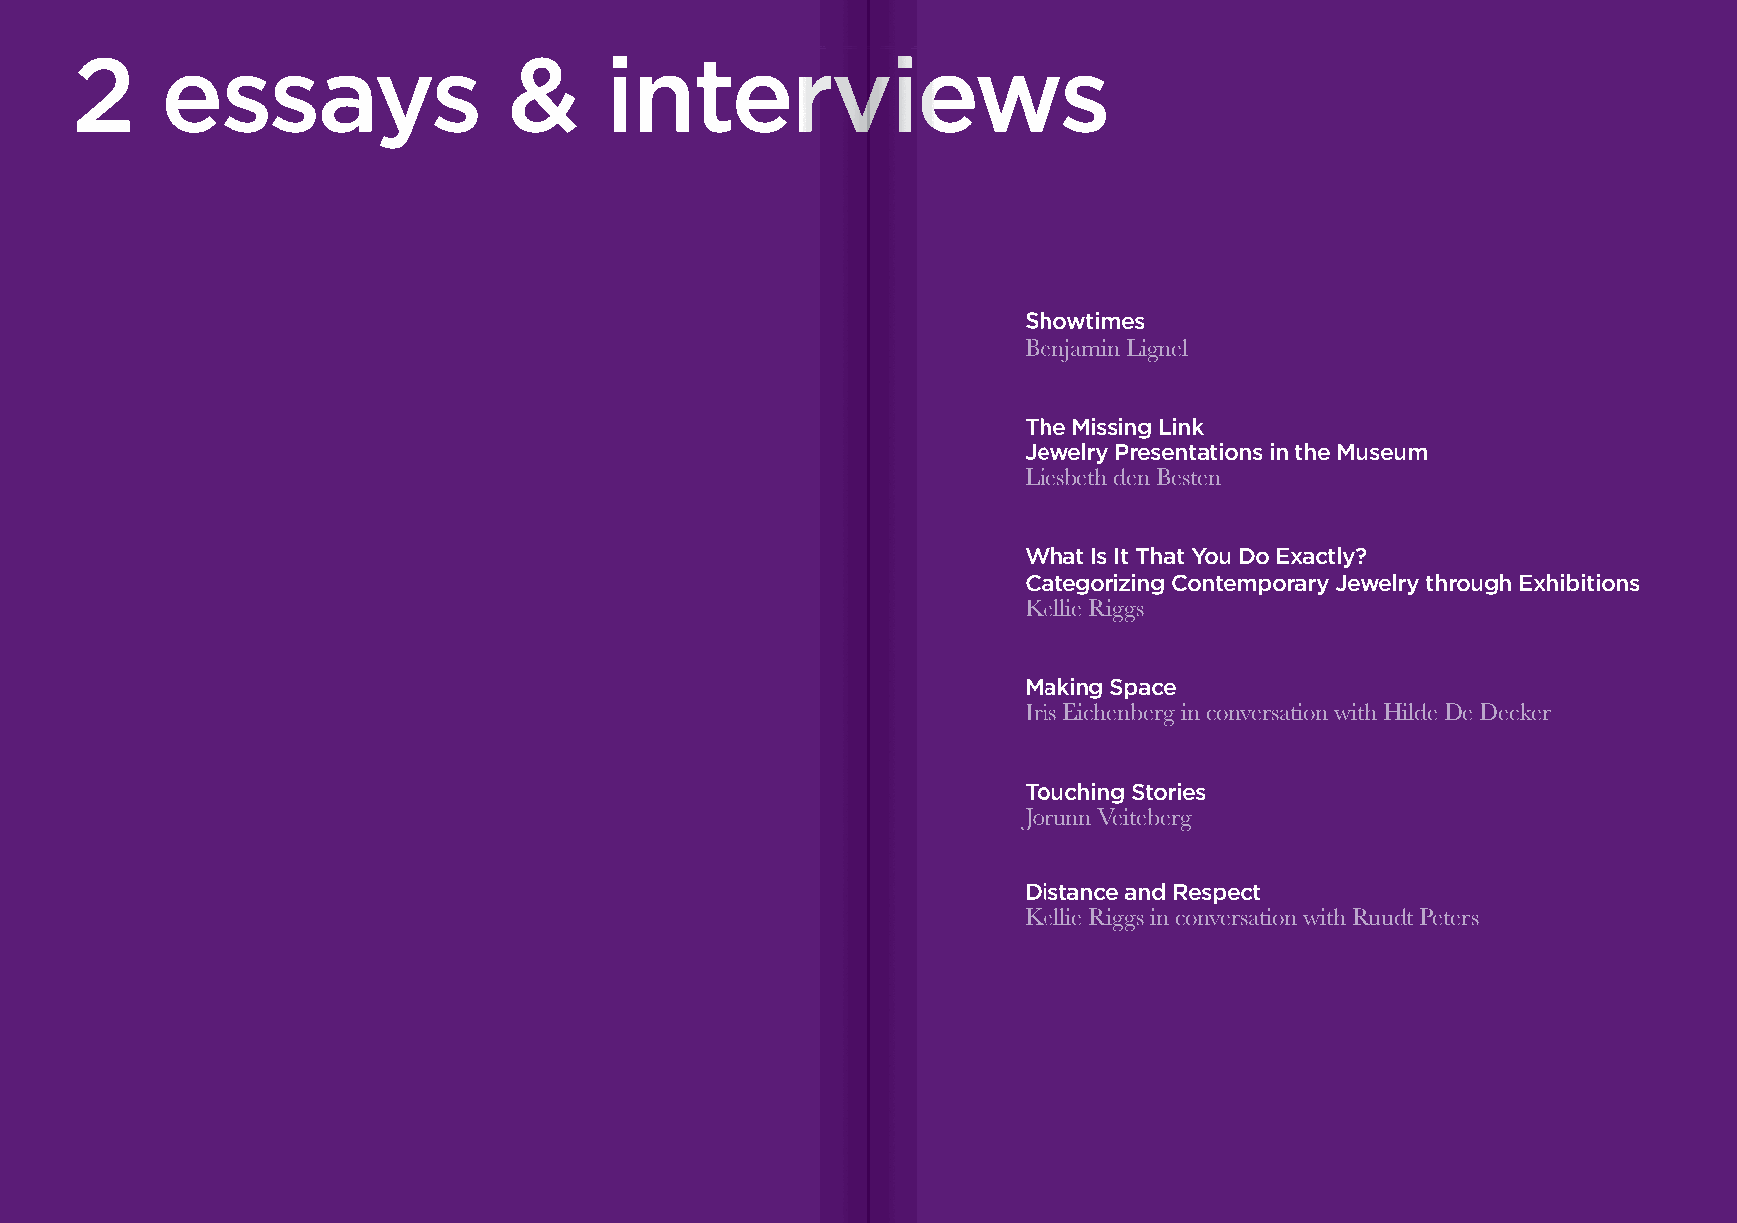
22    eessssaayyss           &&    iinntteerrvviieewwss
 SShhoowwttiimmeess
 BBeennjjaammiinn LLiiggnneell
 TThhee MMiissssiinngg LLiinnkk
 JJeewweellrryy PPrreesseennttaattiioonnss iinn tthhee MMuusseeuumm
 LLiieessbbeetthh ddeenn BBeesstteenn
 WWhhaatt IIss IItt TThhaatt YYoouu DDoo EExxaaccttllyy??
 CCaatteeggoorriizziinngg CCoonntteemmppoorraarryy JJeewweellrryy tthhrroouugghh EExxhhiibbiittiioonnss
 KKeelllliiee RRiiggggss
 MMaakkiinngg SSppaaccee
 IIrriiss EEiicchheennbbeerrgg iinn ccoonnvveerrssaattiioonn wwiitthh HHiillddee DDee DDeecckkeerr
 TToouucchhiinngg SSttoorriieess
 JJoorruunnnn VVeeiitteebbeerrgg
 DDiissttaannccee aanndd RReessppeecctt
 KKeelllliiee RRiiggggss iinn ccoonnvveerrssaattiioonn wwiitthh RRuuuuddtt PPeetteerrss